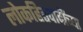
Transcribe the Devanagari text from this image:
लोकहितवादींच्या